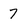
Character: 7